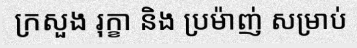
ក្រសួង រុក្ខា និង ប្រម៉ាញ់ សម្រាប់